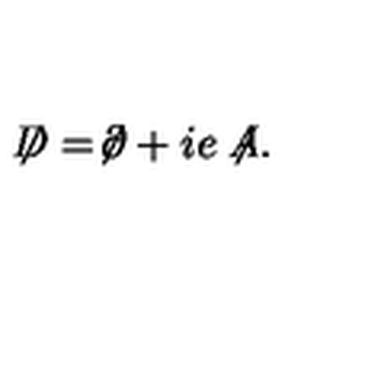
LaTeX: \not \! \! D = \not \! \partial + i e \not \! \! A .